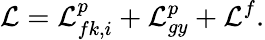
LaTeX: \mathcal{L}=\mathcal{L}_{fk,i}^{p}+\mathcal{L}_{gy}^{p}+\mathcal{L}^{f}.